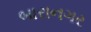
બારાનગર